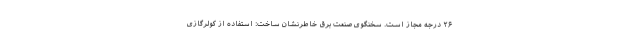
۲۶ درجه مجاز است. سخنگوی صنعت برق خاطرنشان ساخت: استفاده از کولرگازی